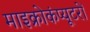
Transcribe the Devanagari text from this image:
माइक्रोकंप्यूटरों